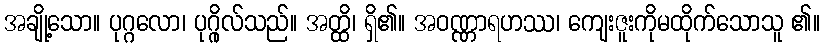
အချို့သော။ ပုဂ္ဂလော၊ ပုဂ္ဂိုလ်သည်။ အတ္ထိ၊ ရှိ၏။ အဝဏ္ဏာရဟဿ၊ ကျေးဇူးကိုမထိုက်သောသူ ၏။